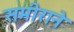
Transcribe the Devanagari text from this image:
समीराने